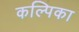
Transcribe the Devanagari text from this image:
कल्पिका